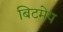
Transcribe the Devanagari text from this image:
बिटमेप